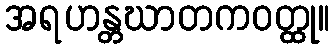
အရဟန္တဃာတကဝတ္ထု။